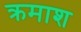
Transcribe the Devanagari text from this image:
क्रमाश